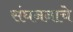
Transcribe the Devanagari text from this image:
संघननाचे